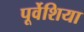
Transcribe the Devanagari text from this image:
पूर्वेशिया